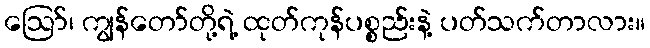
ဪ၊ ကျွန်တော်တို့ရဲ့ ထုတ်ကုန်ပစ္စည်းနဲ့ ပတ်သက်တာလား။